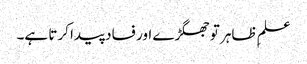
علمِ ظاہر تو جھگڑے اور فساد پیدا کرتا ہے۔